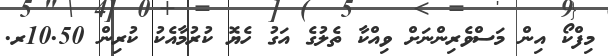
މިފްކޯ އިން މަސްވެރިންނަށް ވިއްކާ ތެލުގެ އަގު ހެޔޮ ކުރުމާއެކު ކުރިން 10.50ރ.